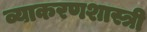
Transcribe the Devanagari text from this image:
व्याकरणशास्त्री